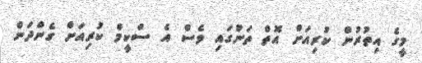
މީގެ އިތުރުން ކުރިއަށް އޮތް ތަނުގައި ވެސް އެ ސްކީމް ކުރިއަށް ގެންދަން